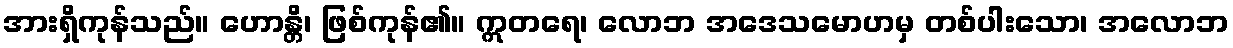
အားရှိကုန်သည်။ ဟောန္တိ၊ ဖြစ်ကုန်၏။ ဣတရေ၊ လောဘ အဒေသမောဟမှ တစ်ပါးသော၊ အလောဘ